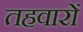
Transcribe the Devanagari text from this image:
तहवारों